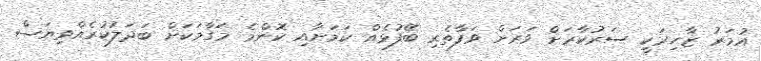
އުމަރު ޒާހިރަކީ ސަރުކާރަށް ވަަރަށް ވަފާތެރި ބޭފުޅެއް ކަމަށާއި ކޮންމެ މަގާމަކަށް ބަދަލުކުރެއްވިޔަސް